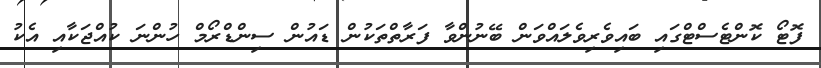
ފޮޓޯ ކޮންޓެސްޓްގައި ބައިވެރިވެލައްވަން ބޭނުންވާ ފަރާތްތަކުން ޑައުން ސިންޑްރޯމް ހުންނަ ކުއްޖަކާއި އެކު